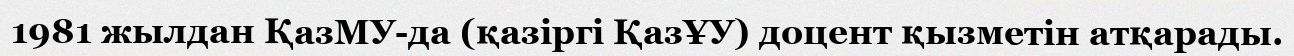
1981 жылдан ҚазМУ-да (қазіргі ҚазҰУ) доцент қызметін атқарады.